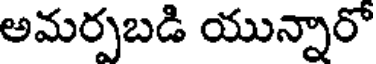
అమర్పబడి యున్నారో